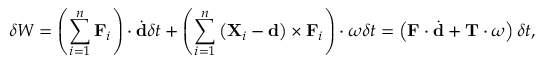
\delta W = \left( \sum _ { i = 1 } ^ { n } \mathbf { F } _ { i } \right) \cdot { \dot { \mathbf { d } } } \delta t + \left( \sum _ { i = 1 } ^ { n } \left( \mathbf { X } _ { i } - \mathbf { d } \right) \times \mathbf { F } _ { i } \right) \cdot { \boldsymbol { \omega } } \delta t = \left( \mathbf { F } \cdot { \dot { \mathbf { d } } } + \mathbf { T } \cdot { \boldsymbol { \omega } } \right) \delta t ,